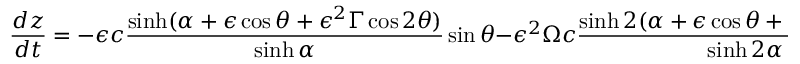
\frac { d z } { d t } = - \epsilon c \frac { \sinh ( \alpha + \epsilon \cos \theta + \epsilon ^ { 2 } \Gamma \cos 2 \theta ) } { \sinh \alpha } \sin \theta - \epsilon ^ { 2 } \Omega c \frac { \sinh 2 ( \alpha + \epsilon \cos \theta + \epsilon ^ { 2 } \Gamma \cos 2 \theta ) } { \sinh 2 \alpha } \sin 2 \theta ,